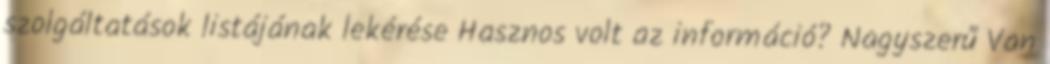
szolgáltatások listájának lekérése Hasznos volt az információ? Nagyszerű Van